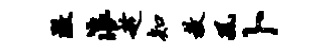
澈浪趁知教风卜